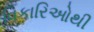
વિકારિઓથી